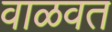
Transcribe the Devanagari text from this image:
वाळवत